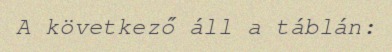
A következő áll a táblán: